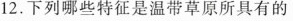
12.下列哪些特征是温带草原所具有的